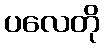
ပလေတို